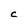
Character: C